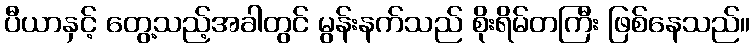
ပီယာနှင့် တွေ့သည့်အခါတွင် မွန်းနက်သည် စိုးရိမ်တကြီး ဖြစ်နေသည်။